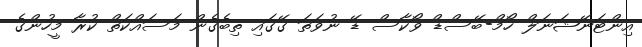
އިންޓަނޭޝަނަލް ހޯމް-ބޭސްޑް ވޯކާސް ޑޭ ނުވަތަ ގޭގައި ތިބެގެން މަސައްކަތް ކުރާ މީހުންގެ